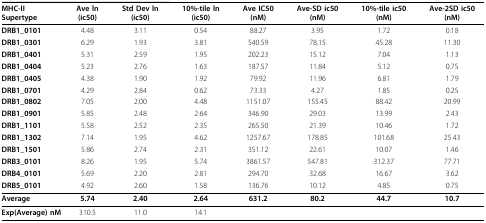
<table><thead><tr><td><b>MHC-II Supertype</b></td><td><b>Ave ln(ic50)</b></td><td><b>Std Dev ln(ic50)</b></td><td><b>10%-tile ln(ic50)</b></td><td><b>Ave IC50 (nM)</b></td><td><b>Ave-SD ic50 (nM)</b></td><td><b>10%-tile ic50 (nM)</b></td><td><b>Ave-2SD ic50 (nM)</b></td></tr></thead><tbody><tr><td><b>DRB1_0101</b></td><td>4.48</td><td>3.11</td><td>0.54</td><td>88.27</td><td>3.95</td><td>1.72</td><td>0.18</td></tr><tr><td><b>DRB1_0301</b></td><td>6.29</td><td>1.93</td><td>3.81</td><td>540.59</td><td>78.15</td><td>45.28</td><td>11.30</td></tr><tr><td><b>DRB1_0401</b></td><td>5.31</td><td>2.59</td><td>1.95</td><td>202.23</td><td>15.12</td><td>7.04</td><td>1.13</td></tr><tr><td><b>DRB1_0404</b></td><td>5.23</td><td>2.76</td><td>1.63</td><td>187.57</td><td>11.84</td><td>5.12</td><td>0.75</td></tr><tr><td><b>DRB1_0405</b></td><td>4.38</td><td>1.90</td><td>1.92</td><td>79.92</td><td>11.96</td><td>6.81</td><td>1.79</td></tr><tr><td><b>DRB1_0701</b></td><td>4.29</td><td>2.84</td><td>0.62</td><td>73.33</td><td>4.27</td><td>1.85</td><td>0.25</td></tr><tr><td><b>DRB1_0802</b></td><td>7.05</td><td>2.00</td><td>4.48</td><td>1151.07</td><td>155.45</td><td>88.42</td><td>20.99</td></tr><tr><td><b>DRB1_0901</b></td><td>5.85</td><td>2.48</td><td>2.64</td><td>346.90</td><td>29.03</td><td>13.99</td><td>2.43</td></tr><tr><td><b>DRB1_1101</b></td><td>5.58</td><td>2.52</td><td>2.35</td><td>265.50</td><td>21.39</td><td>10.46</td><td>1.72</td></tr><tr><td><b>DRB1_1302</b></td><td>7.14</td><td>1.95</td><td>4.62</td><td>1257.67</td><td>178.85</td><td>101.68</td><td>25.43</td></tr><tr><td><b>DRB1_1501</b></td><td>5.86</td><td>2.74</td><td>2.31</td><td>351.12</td><td>22.61</td><td>10.07</td><td>1.46</td></tr><tr><td><b>DRB3_0101</b></td><td>8.26</td><td>1.95</td><td>5.74</td><td>3861.57</td><td>547.81</td><td>312.37</td><td>77.71</td></tr><tr><td><b>DRB4_0101</b></td><td>5.69</td><td>2.20</td><td>2.81</td><td>294.70</td><td>32.68</td><td>16.67</td><td>3.62</td></tr><tr><td><b>DRB5_0101</b></td><td>4.92</td><td>2.60</td><td>1.58</td><td>136.76</td><td>10.12</td><td>4.85</td><td>0.75</td></tr><tr><td><b>Average</b></td><td><b>5.74</b></td><td><b>2.40</b></td><td><b>2.64</b></td><td><b>631.2</b></td><td><b>80.2</b></td><td><b>44.7</b></td><td><b>10.7</b></td></tr><tr><td><b>Exp(Average) nM</b></td><td>310.5</td><td>11.0</td><td>14.1</td><td></td><td></td><td></td><td></td></tr></tbody></table>